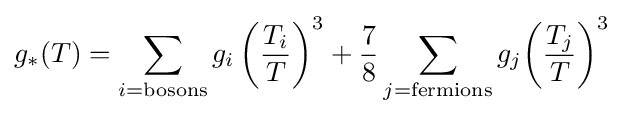
g_{*}(T)=\sum _{i=\mathrm {bosons} }g_{i}\left({\frac {T_{i}}{T}}\right)^{3}+{\frac {7}{8}}\sum _{j=\mathrm {fermions} }g_{j}{\left({\frac {T_{j}}{T}}\right)}^{3}